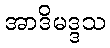
အာဒိမဒ္ဒသ